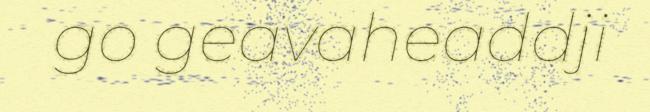
go geavaheaddji